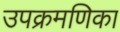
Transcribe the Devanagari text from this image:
उपक्रमणिका